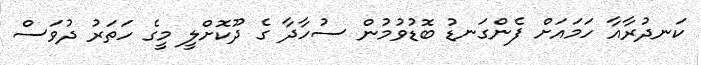
ކަނދުރާއާ ހަމައަށް ފެންގަނޑު ބޮޑުވުމުން ސުހާދާ ގެ ދޫކޮށްލީ މީގެ ހަތަރު ދުވަސް